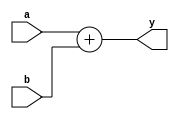
module adder(input wire [31:0] a, b,
 output reg [31:0] y);
always@(*)
 y=a+b;
endmodule